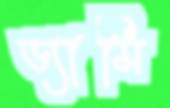
ড্যামি